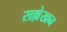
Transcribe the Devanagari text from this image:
सल्लेखन